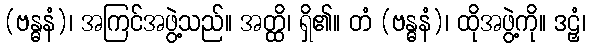
(ဗန္ဓနံ)၊ အကြင်အဖွဲ့သည်။ အတ္ထိ၊ ရှိ၏။ တံ (ဗန္ဓနံ)၊ ထိုအဖွဲ့ကို။ ဒဠှံ၊